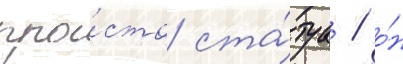
про́сто ста́туа / о́н